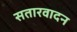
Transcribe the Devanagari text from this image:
सतारवादन